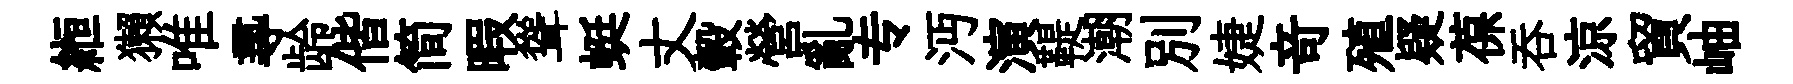
縆獺唯𡬶龄偕简暇聳蜓丈轂營亂专沔演鞮潮别婕竒殖疑葆吞涼貿岫